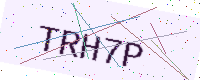
Text: TRH7P